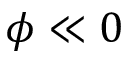
\phi \ll 0